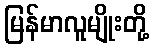
မြန်မာလူမျိုးတို့